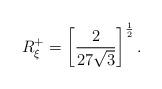
LaTeX: \begin{align*}R^{+}_{\xi}=\left[\frac{2}{27 \sqrt{3}}\right]^{\frac{1}{2}}.\end{align*}